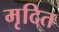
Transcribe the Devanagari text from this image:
मृदित